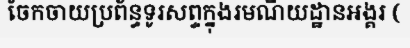
ចែកចាយប្រព័ន្ធទូរសព្ទក្នុងរមណីយដ្ឋានអង្គរ (